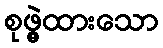
စုဖွဲ့ထားသော